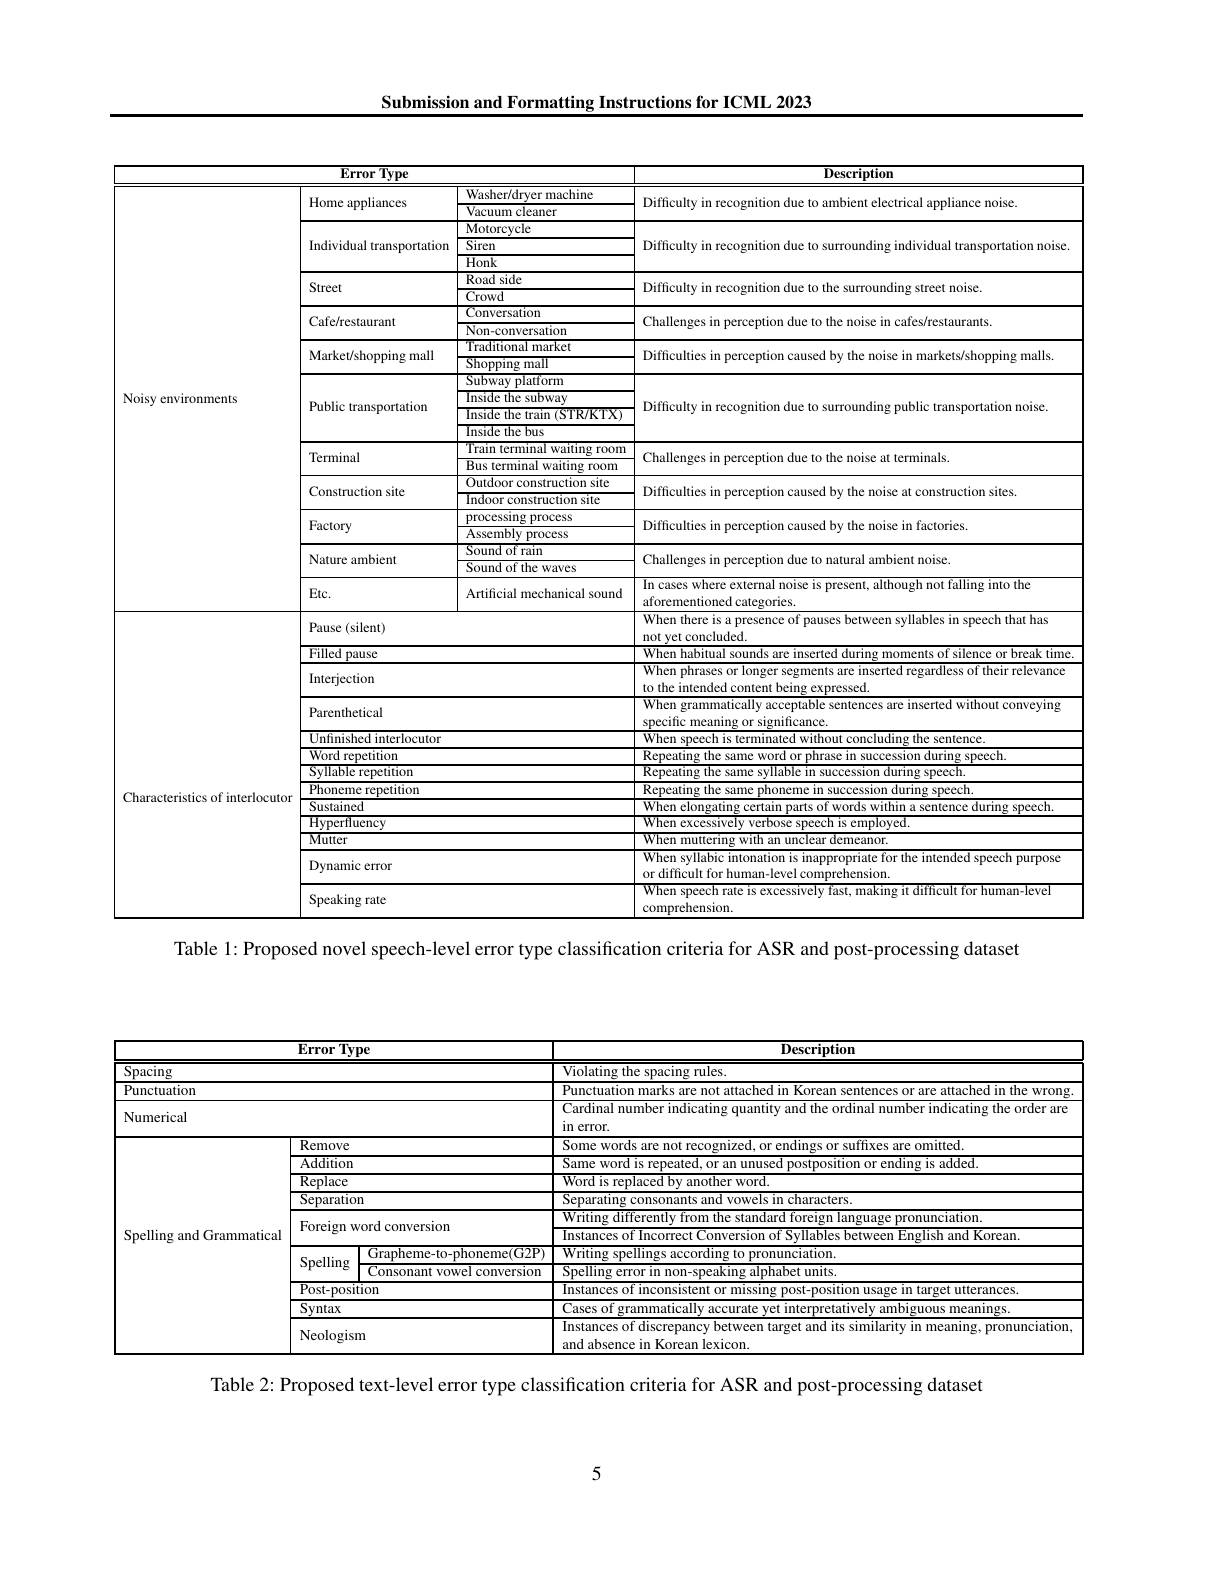
Submission and Formatting Instructions for ICML 2023

<table>
	<tbody>
		<tr>
			<th colspan="2">ErrorType</th>
			<th> </th>
			<th>$\overline{{\mathrm{Description}}}$</th>
		</tr>
		<tr>
			<td> </td>
			<td rowspan="2">Home appliances</td>
			<td>Washer/dryer machine</td>
			<td rowspan="2">Difficulty in recognition due to ambient electrical appliance noise.</td>
		</tr>
		<tr>
			<td rowspan="28">Noisy environments</td>
			<td>$\overline{{\text{Vacuum cleaner}}}$</td>
		</tr>
		<tr>
			<td rowspan="3">Individual transportation</td>
			<td>Motorcycle</td>
			<td> </td>
		</tr>
		<tr>
			<td>$\overline{\text{Siren}}$</td>
			<td>101S</td>
		</tr>
		<tr>
			<td>Honk</td>
			<td> </td>
		</tr>
		<tr>
			<td> </td>
			<td>$\overline{\mathrm{Road~side}}$</td>
			<td> </td>
		</tr>
		<tr>
			<td>Street</td>
			<td>Crowd</td>
			<td rowspan="2">Difficulty in recognition urrounding street noise IILS</td>
		</tr>
		<tr>
			<td rowspan="2">Cafe/restaurant</td>
			<td>Cor nversation</td>
		</tr>
		<tr>
			<td>Non- $\overline{{\mathrm{ation}}}$</td>
			<td>hallenges in perception the t morse in cates/restaurants.</td>
		</tr>
		<tr>
			<td> </td>
			<td>Traditio narket</td>
			<td rowspan="2">Difficulties in perception caused by the noise in markets/shopping malls.</td>
		</tr>
		<tr>
			<td>Market/shopping mall</td>
			<td>Sho</td>
		</tr>
		<tr>
			<td> </td>
			<td>Smhy</td>
			<td> </td>
		</tr>
		<tr>
			<td rowspan="3">Public transportation</td>
			<td>vay piat 111. Inside the subway</td>
			<td rowspan="3">Difficulty in recognition due to surrounding public transportation noise</td>
		</tr>
		<tr>
			<td>msiue ure suoway Inside the train (STR/KTX) Inside the bus</td>
		</tr>
		<tr>
			<td>Inside the bus</td>
		</tr>
		<tr>
			<td> </td>
			<td>Train terminal waiting room</td>
			<td>$_{\text{an al ou}}$</td>
		</tr>
		<tr>
			<td> </td>
			<td>Train terminal waiting room</td>
			<td>$_{\text{an al ou}}$</td>
		</tr>
		<tr>
			<td>Terminal</td>
			<td>T Rus</td>
			<td>Challenges in perception due to the noise at terminals</td>
		</tr>
		<tr>
			<td>site</td>
			<td>Outdoor construction site</td>
			<td> </td>
		</tr>
		<tr>
			<td>Construction site</td>
			<td>ctron site</td>
			<td>ion sites</td>
		</tr>
		<tr>
			<td>COIISH uction sile</td>
			<td>Indoor construction site</td>
			<td>WIL NICA</td>
		</tr>
		<tr>
			<td> </td>
			<td>Indoor constructıon sıte</td>
			<td>1 1 </td>
		</tr>
		<tr>
			<td rowspan="3">Factory</td>
			<td>processıng process</td>
			<td> </td>
		</tr>
		<tr>
			<td>Aser mhlv cess</td>
			<td>Difficulties i 1 perception c caused bv the noise in factories</td>
		</tr>
		<tr>
			<td>Assembly process</td>
			<td>I I $d$</td>
		</tr>
		<tr>
			<td rowspan="1">$UI$</td>
			<td>Sound of rain</td>
			<td> </td>
		</tr>
		<tr>
			<td rowspan="3">Nature ambient</td>
			<td>${\overline{{\mathrm{Sound~of~the~waves}}}}$</td>
			<td rowspan="2">LICIIgcs II 1 pcl Cepuom n due to natural ambient noise. In cases where external noise is present, although not falling into the</td>
		</tr>
		<tr>
			<td>Sound of the waves</td>
		</tr>
		<tr>
			<td>$\mathbf{u}_{\mathbf{v}}$ 10 Artificial mechanical sound</td>
			<td>In cases where external noise is present, although not falling into the</td>
		</tr>
		<tr>
			<td rowspan="2">Noisy environments</td>
			<td>Pause (silent)</td>
			<td> </td>
			<td>aforementioned categories When there is a presence of pauses between syllables in speech that has</td>
		</tr>
		<tr>
			<td>Pause (silent)</td>
			<td> </td>
			<td>When there is a presence of pauses between syllables in speech that has $w_{\mathrm{lud}}_{\mathrm{ed}}$</td>
		</tr>
		<tr>
			<td rowspan="13">Characteristics of interlocutor</td>
			<td rowspan="2">Filled pause</td>
			<td> </td>
			<td>Whar</td>
		</tr>
		<tr>
			<td> </td>
			<td>Wher T1m</td>
		</tr>
		<tr>
			<td>Interjection</td>
			<td> </td>
			<td>When phrases or longer segments are inserted regardless of their relevance 111 -1nTAni d content XDressed</td>
		</tr>
		<tr>
			<td>Parenthetical</td>
			<td> </td>
			<td>When grammatically acceptable sentences are inserted without conveying</td>
		</tr>
		<tr>
			<td>$\overline{{\mathrm{Unfinished~interlocutor}}}$</td>
			<td> </td>
			<td>Whf sentence</td>
		</tr>
		<tr>
			<td>$\overline{\mathrm{Word~repetition}}$</td>
			<td> </td>
			<td>$\{\rho_{1}^{*}$ snperh</td>
		</tr>
		<tr>
			<td colspan="2">Word repetıtıon Svilable renetitiom</td>
			<td>Reneatino I Same sneech</td>
		</tr>
		<tr>
			<td>Phoneme repetition</td>
			<td> </td>
			<td>Reneatino sneech</td>
		</tr>
		<tr>
			<td rowspan="1">Sustained</td>
			<td> </td>
			<td>Wha snerrr</td>
		</tr>
		<tr>
			<td rowspan="1">Sustarned Hvnerf luencv</td>
			<td> </td>
			<td>When excessivel speech is emploved</td>
		</tr>
		<tr>
			<td>- - Mutter</td>
			<td> </td>
			<td>when mutte an unclear demeanor.</td>
		</tr>
		<tr>
			<td colspan="2">Iviunci Dynamic error</td>
			<td>When syllabic intonation is inappropriate for the intended speech purpose or difficult for human-level comprehension.</td>
		</tr>
		<tr>
			<td colspan="2">Speaking rate</td>
			<td>When speech rate is excessively fast, making it difficult for human-level comprehension.</td>
		</tr>
	</tbody>
</table>

Table 1: Proposed novel speech-level error type classification criteria for ASR and post-processing dataset

<table>
	<tbody>
		<tr>
			<th colspan="3">${\mathbf{Error~Type}}$</th>
			<th>Description</th>
		</tr>
		<tr>
			<td colspan="3">Spacing</td>
			<td>$\overline{{\mathrm{Violating~the~spacing~rules.}}}$</td>
		</tr>
		<tr>
			<td colspan="3">$\overline{{\mathrm{Punctuation}}}$</td>
			<td>Punctuati Wrong</td>
		</tr>
		<tr>
			<td rowspan="1">Numerical</td>
			<td colspan="2"> </td>
			<td>Cardinal number indicating quantity and the ordinal number indicating the order are in error.</td>
		</tr>
		<tr>
			<td rowspan="11">Spelling and Grammatical</td>
			<td colspan="2">Remove</td>
			<td>Some words are not recognized. or endings or s suffixes are omitted</td>
		</tr>
		<tr>
			<td colspan="2">Adaltion n</td>
			<td>Same word is repeated. or an u nosition or ending is added</td>
		</tr>
		<tr>
			<td colspan="2">$\overline{\text{Replace}}$</td>
			<td>Word is replaced by another word.</td>
		</tr>
		<tr>
			<td colspan="2">$\overline{\text{Separation}}$</td>
			<td>Separating ${\underline{g}\text{ consonants and vowels in characters.}}$</td>
		</tr>
		<tr>
			<td rowspan="2">Foreign word conversion</td>
			<td rowspan="2">Foreign word conversion</td>
			<td>Writing differentlv from t tha standard toreig e pronunciation</td>
		</tr>
		<tr>
			<td>Instances between English and Korean</td>
		</tr>
		<tr>
			<td>11</td>
			<td>Grapheme-to-phoneme(G2P)</td>
			<td>Writing spellings according to pronunciation.</td>
		</tr>
		<tr>
			<td>${\mathrm{spcmg}}$ M</td>
			<td>Consonant vowel conversion</td>
			<td>Spelling error in non-speaking alphabet units</td>
		</tr>
		<tr>
			<td colspan="2">Post-position</td>
			<td>Instances of inconsistent t-position usage in target utterances</td>
		</tr>
		<tr>
			<td colspan="2">$\overline{\text{Syntax}}$</td>
			<td>asesots vilols meanings</td>
		</tr>
		<tr>
			<td colspan="2">Neologism</td>
			<td>Instances of discrepancy between target and its similarity in meaning, pronunciation and absence in Korean lexicon.</td>
		</tr>
	</tbody>
</table>

Table 2: Proposed text-level error type classification criteria for ASR and post-processing dataset

5